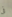
فى